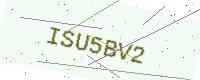
Text: ISU5BV2